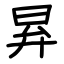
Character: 昪